Vital statistics of India. Vol. VI, European troops 1870-79
Year: 1870
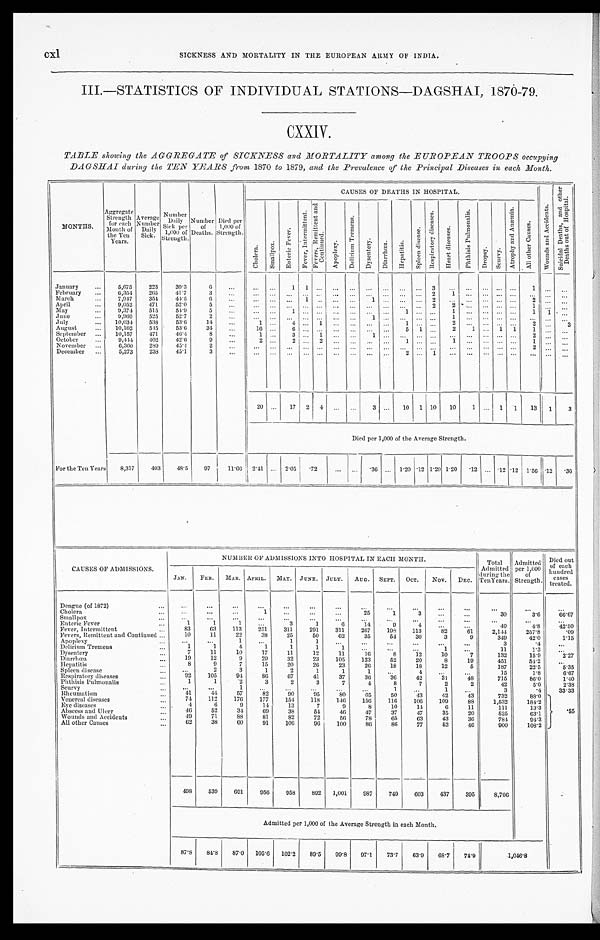
c x l
SICKNESS AND MORTALITY IN THE EUROPEAN ARMY OF INDIA.
III.—STATISTICS OF INDIVIDUAL STATIONS—DAGSHAI, 1870-79.
CXXIV.
TABLE showing the AGGREGATE of SICKNESS and MORTALITY among the EUROPEAN TROOPS occupying
DAGSHAI during the TEN YEARS from 1870 to 1879, and the Prevalence of the Principal Diseases in each Month.
MONTHS.
Aggregate Strength for each
Month of
the Ten
Years.
Average Number Daily
Sick.
Number Daily S i c k p e r
1,600 of
Strength.
Number of
Deaths.
Died per
1, 000 of
Strength.
CAUSES OF DEATHS IN HOSPITAL.
W o u n d s a n d A c c i d e n t s .
S u i c i d a l D e a t h s , a n d o t h e r
D e a t h s o u t o f H o s p i t a l .
C h o l e r a . S m a l l p o x .
E n t e r i c F e v e r .
F e v e r , I n t e r m i t t e n t .
F e v e r s , R e m i t t e n t a n d C o n t i n u e d .
A p o p l e x y .
D e l i r i u m T r e m e n s .
D y s e n t e r y . D i a r r h œ a .
H e p a t i t i s .
S p l e e n d i s e a s e .
R e s p i r a t o r y d i s e a s e s .
H e a r t d i s e a s e s .
P h t h i s i s P u l m o n a l i s .
D r o p s y .
S c u r v y .
A t r o p h y a n d A n æ m i a .
A l l o t h e r C a u s e s .
January
5,675 223 39.3
6
1 1
3
1
February
6,354 265 41.7
3
2 1
March
7,947 354 44.5
6
1
1
2
2
April
9,052 471 52.0
5
2
2
1
May
9 , 3 7 4 515 54.9
5
1
1
1
1 1
June
9,969 525 52.7
2
1
1
July
10,034 538 53.6 14
1
4
1
1
2
2
3
August
10,162 515 53.6 34
16
6
5 1
2 1
1 1 1
September
10,157 471 46.4
8
1
3
1
1
2
October
9,444 402 42.6
9
2
2
2
1
1
1
November
6,360 289 45.4
2
2
December
5,273 238 45.1
3
2
1
20
17 2 4
3
10 1 10 10 1
1 1 13 1 3
Died per 1,000 of the Average Strength.
For the Ten Years 8,317 403 48.5 97 11.66 2.41
2.05 .72
.36
1.20 .12 1.20 1.20 .12
. 1 2.12 1.56 .12 .36
CAUSES OF ADMI SSI ONS.
NOMBER OF ADMISSIONS INTO HOSPITAL IN EACH MONTH.
Total
Admitted
during the
Ten Years.
Admitted per 1,000
of
Strength.
Died out
of each
hundred cases
treated.
JAN. FEB. MAR. APRIL. MAY. JUNE. JULY. AUG. SEPT. OCT. NOV. DEC.
Dengue (of 1872)
Cholera
1
25
1
3
30
3. 6 66. 67
Smallpox Enteric Fever
1
1
1
3
1
6
14
9
4
40
4.8
4 2 . 5 0
Fever, Intermittent
83
63 113 251 311 291 311 267 198 113
82
61
2,144
257.8
.09
Fevers, Remittent and Continued
10
11
22
38 25
50 62
35
54
30
3
9
349
42.0
1.15
Apoplexy
1
1
1
3
.4
Delirium Tremens
1
1
4
1
1
1
1
1
11
1.3
Dysentery
7
11
10
17
11
12
11
16
8
12
10
7
132
15.9
2 . 2 7
Diarrhœa
19
12
9
29
32
23 105 123
52
20
8
19
451
54.2
H e p a t i t i s
8
9
7
15
20
26
23
26 18
18
12
5
187
22.5
5 . 3 5
Spleen disease
2
3
1
2
1
1
1
4
15
1.8
6 . 6 7
Respiratory diseases
92 105
94 86 67
41
37
36 36 42
31
48
715
86.0
1 . 4 0
Phthisis Pulmonalis
1
1
2
3
2
3
7
4
8
7
2
2
42
5.0
2 . 3 8
Scurvy
1
1
1
3
.4 33.33
Rheumatism
41 44
57
82
90
95
80
65
50
43
42
43
732
88.0
. 5 5
Venereal diseases
74 112 176 177 154 118 146 156 116 106 109
88
1,532
184.2
Eye diseases
4
6
9
14
13
7
9
8
10
14
6 11
111
13.3
Abscess and Ulcer
46
52
34
69
38
54
46 47
37
47
35
20
525
63.1
Wounds and Accidents
49
71
88
81
82
72
56 78
65
63
43
36
784
94.3
All other Causes
62
38
60
91 106 96 100
86
86
77
52
46
900
108.2
498 539 691 956 958 892 1,001 987 749 603 437 395
8,706
Admitted per 1,000 of the Average Strength in each Month.
87.8 84.8 87.0 105.6 102.2 89.5 99.8 97.1 73.7 63.9 68.7 74.9
1 , 0 4 6 . 8